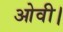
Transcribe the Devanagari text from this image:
ओवी।